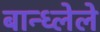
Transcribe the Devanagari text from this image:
बान्ध्लेले